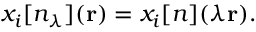
x _ { i } [ n _ { \lambda } ] ( \mathbf { r } ) = x _ { i } [ n ] ( \lambda \mathbf { r } ) .